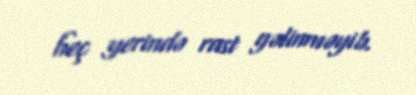
heç yerində rast gəlinməyib.